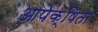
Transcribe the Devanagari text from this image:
आपेक्षिता